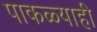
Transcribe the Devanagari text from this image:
पाकळ्याही